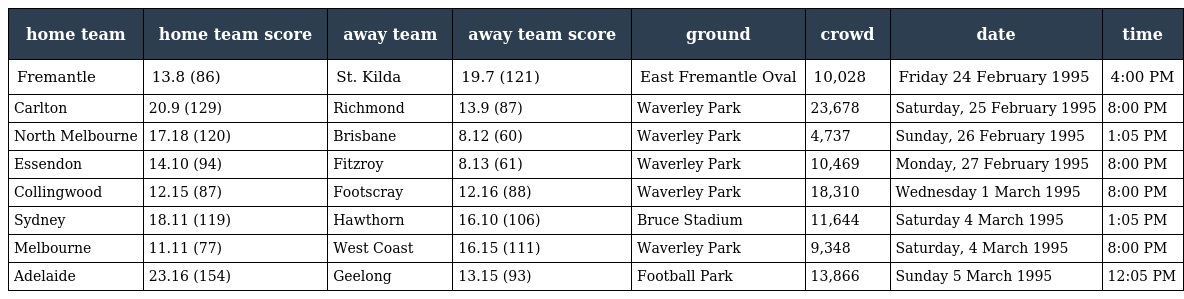
| home team | home team score | away team | away team score | ground | crowd | date | time |
 | --- | --- | --- | --- | --- | --- | --- | --- |
 | Fremantle | 13.8 (86) | St. Kilda | 19.7 (121) | East Fremantle Oval | 10,028 | Friday 24 February 1995 | 4:00 PM |
 | Carlton | 20.9 (129) | Richmond | 13.9 (87) | Waverley Park | 23,678 | Saturday, 25 February 1995 | 8:00 PM |
 | North Melbourne | 17.18 (120) | Brisbane | 8.12 (60) | Waverley Park | 4,737 | Sunday, 26 February 1995 | 1:05 PM |
 | Essendon | 14.10 (94) | Fitzroy | 8.13 (61) | Waverley Park | 10,469 | Monday, 27 February 1995 | 8:00 PM |
 | Collingwood | 12.15 (87) | Footscray | 12.16 (88) | Waverley Park | 18,310 | Wednesday 1 March 1995 | 8:00 PM |
 | Sydney | 18.11 (119) | Hawthorn | 16.10 (106) | Bruce Stadium | 11,644 | Saturday 4 March 1995 | 1:05 PM |
 | Melbourne | 11.11 (77) | West Coast | 16.15 (111) | Waverley Park | 9,348 | Saturday, 4 March 1995 | 8:00 PM |
 | Adelaide | 23.16 (154) | Geelong | 13.15 (93) | Football Park | 13,866 | Sunday 5 March 1995 | 12:05 PM |